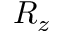
R _ { z }